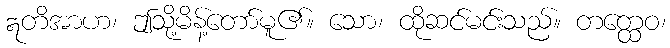
ဣတိအာဟ၊ ဤသို့မိန့်တော်မူ၏။ သော၊ ထိုဆင်မင်းသည်။ တတ္ထေဝ၊